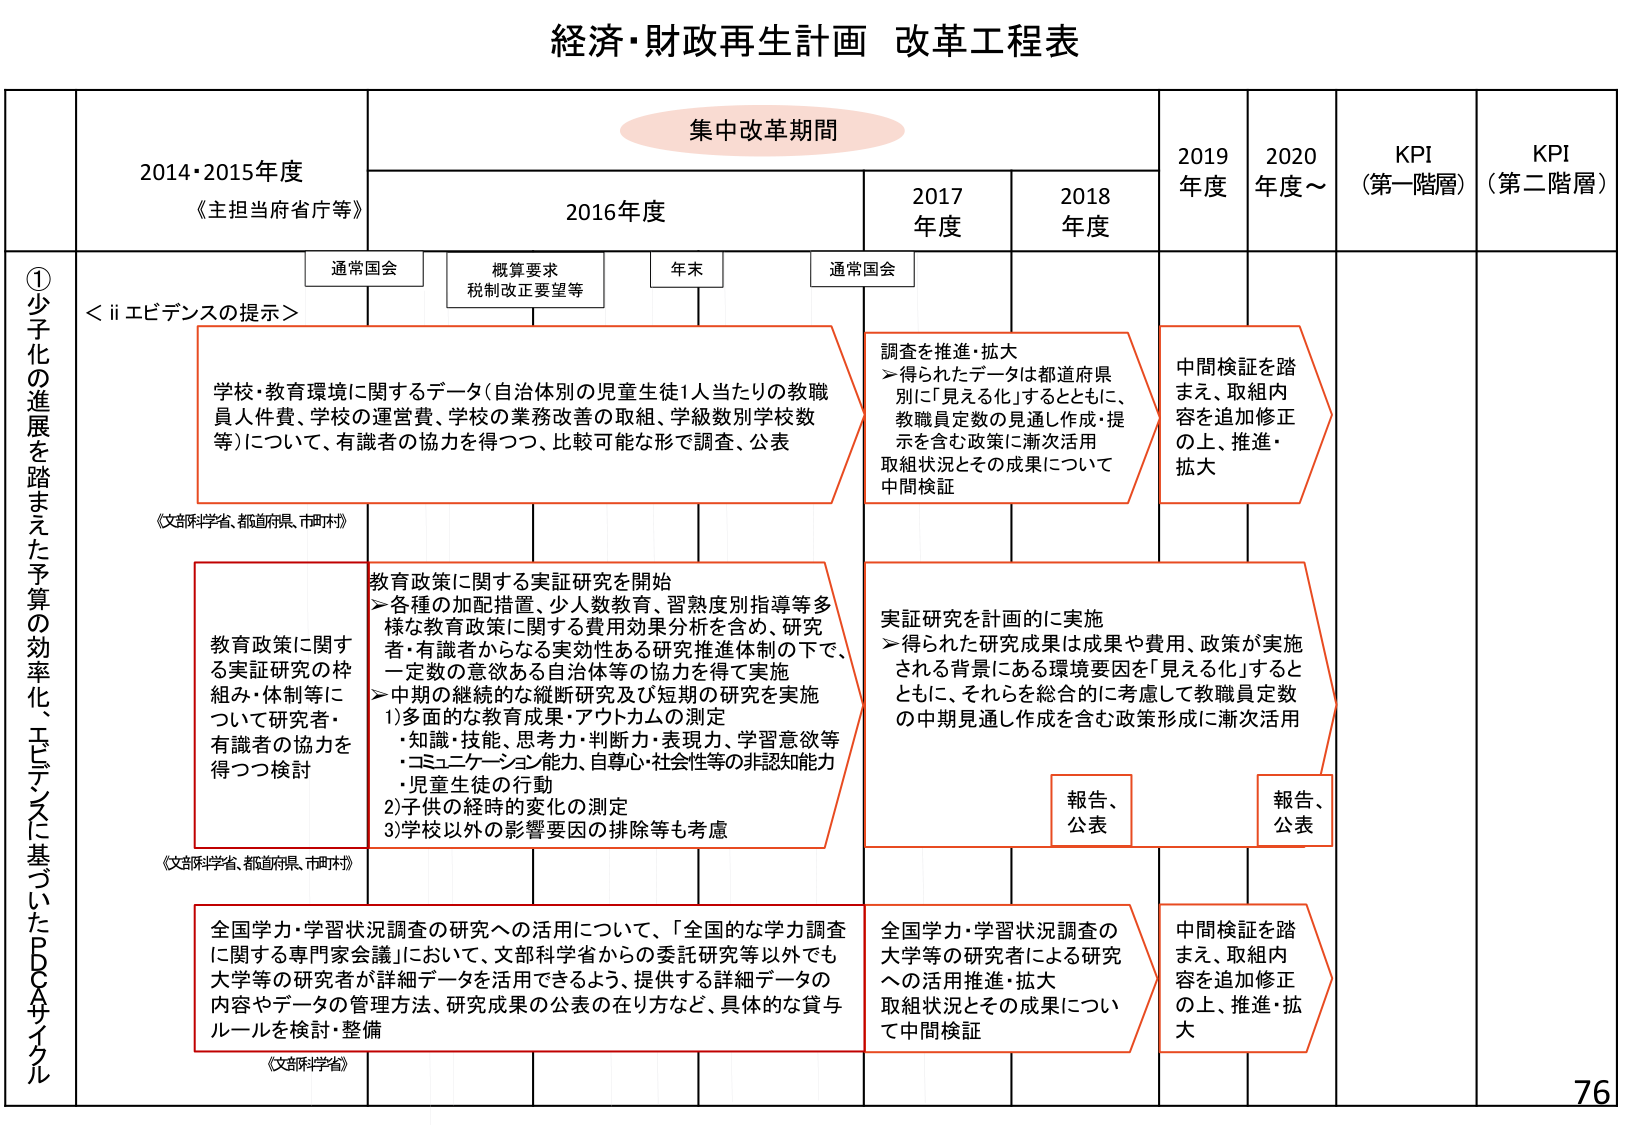
経済・財政再生計画 改革工程表

集中改革期間

2014・2015年度
《主担当府省庁等》

2016年度
通常国会
概算要求
税制改正要望等
年末
通常国会

2017年度
2018年度
2019年度
2020年度～
KPI（第一階層）
KPI（第二階層）

① 少子化の進展を踏まえた予算の効率化、エビデンスに基づいたPDCAサイクル

＜ii エビデンスの提示＞

学校・教育環境に関するデータ（自治体別の児童生徒1人当たりの教職員人件費、学校の運営費、学校の業務改善の取組、学級数別学校数等）について、有識者の協力を得つつ、比較可能な形で調査、公表
《文部科学省、都道府県、市町村》

教育政策に関する実証研究の枠組み・体制等について研究者・有識者の協力を得つつ検討
《文部科学省、都道府県、市町村》

全国学力・学習状況調査の研究への活用について、「全国的な学力調査に関する専門家会議」において、文部科学省からの委託研究等以外でも大学等の研究者が詳細データを活用できるよう、提供する詳細データの内容やデータの管理方法、研究成果の公表の在り方など、具体的な貸与ルールを検討・整備
《文部科学省》

調査を推進・拡大
→得られたデータは都道府県別に「見える化」するとともに、教職員定数の見通し作成・提示を含む政策に漸次活用
取組状況とその成果について中間検証

実証研究を計画的に実施
→得られた研究成果は成果や費用、政策が実施される背景にある環境要因を「見える化」するとともに、それらを総合的に考慮して教職員定数の中間見通し作成を含む政策形成に漸次活用
報告、公表

全国学力・学習状況調査の大学等の研究者による研究への活用推進・拡大
取組状況とその成果について中間検証

中間検証を踏まえ、取組内容を追加修正の上、推進・拡大

報告、公表

中間検証を踏まえ、取組内容を追加修正の上、推進・拡大

76